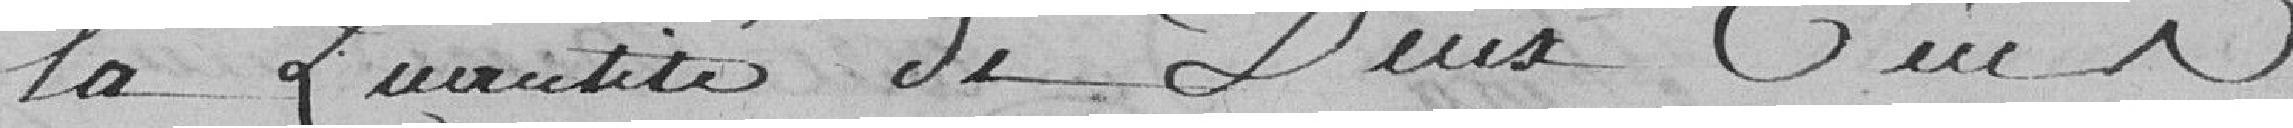
la quantité de deux cents